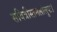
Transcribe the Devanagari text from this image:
सवित्रीस्तनलोलुपः।